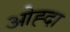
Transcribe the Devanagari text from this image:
ओह्दा